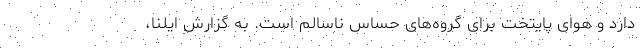
دارد و هوای پایتخت برای گروه‌های حساس ناسالم است. به گزارش ایلنا،